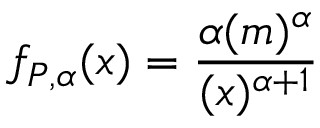
f _ { P , \alpha } ( x ) = \frac { \alpha ( m ) ^ { \alpha } } { ( x ) ^ { \alpha + 1 } }